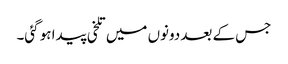
جس کے بعد دونوں میں تلخی پیدا ہو گئی۔